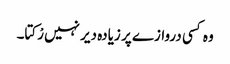
وہ کسی دروازے پر زیادہ دیر نہیں رْکتا۔